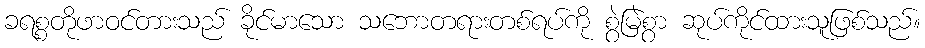
ခရစ္စတိုဖာဝင်တားသည် ခိုင်မာသော သဘောတရားတစ်ရပ်ကို စွဲမြဲစွာ ဆုပ်ကိုင်ထားသူဖြစ်သည်။